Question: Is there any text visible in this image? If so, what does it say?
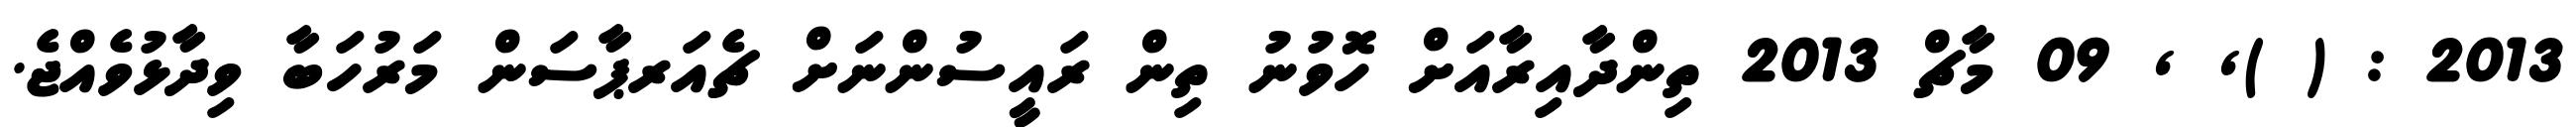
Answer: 2013 : ( ), , 09 މާޗް 2013 ތިންދާއިރާއަށް ހޮވުނު ތިން ރައީސުންނަށް ޗެއަރޕާސަން މަރުހަބާ ވިދާޅުވެއްޖެ.